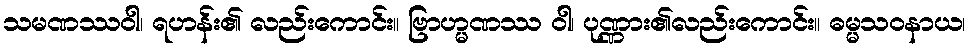
သမဏဿဝါ၊ ရဟန်း၏ လည်းကောင်း။ ဗြာဟ္မဏဿ ဝါ၊ ပုဏ္ဏား၏လည်းကောင်း။ ဓမ္မသဝနာယ၊